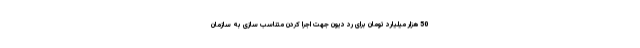
50 هزار میلیارد تومان برای رد دیون جهت اجرا کردن متناسب سازی به سازمان